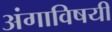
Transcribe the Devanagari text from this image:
अंगाविषयी